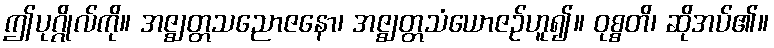
ဤပုဂ္ဂိုလ်ကို။ အဇ္ဈတ္တသညောဇနော၊ အဇ္ဈတ္တသံယောဇဉ်ဟူ၍။ ဝုစ္စတိ၊ ဆိုအပ်၏။